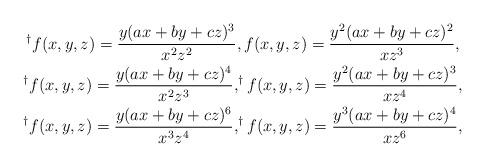
LaTeX: \begin{gather*}^{\dagger}f(x,y,z)=\dfrac{y(ax+by+cz)^3}{x^2z^2},{f(x,y,z)=\dfrac{y^2(ax+by+cz)^2}{xz^{3}}},\\^{\dagger}f(x,y,z)=\dfrac{y(ax+by+cz)^4}{x^2z^{3}},^{\dagger}f(x,y,z)=\dfrac{y^2(ax+by+cz)^3}{xz^{4}},\\^{\dagger}f(x,y,z)=\dfrac{y(ax+by+cz)^6}{x^3z^{4}},^{\dagger}f(x,y,z)=\dfrac{y^3(ax+by+cz)^4}{xz^{6}},\end{gather*}